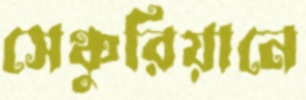
সেঞ্চুরিয়ানে